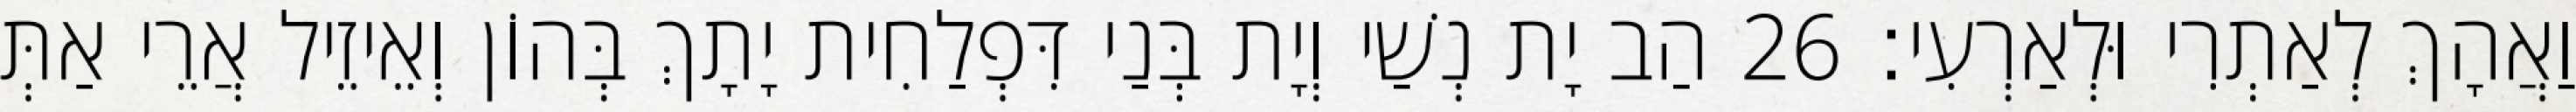
וַאֲהָךְ לְאַתְרִי וּלְאַרְעִי׃ 26 הַב יָת נְשַׁי וְיָת בְּנַי דִּפְלַחִית יָתָךְ בְּהוֹן וְאֵיזֵיל אֲרֵי אַתְּ